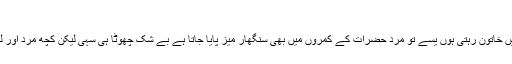
سنگھار میز
سنگھار میز تو ہر اس خوابگاہ کا اہم حصہ ہوتا ہے جس میں خاتون رہتی ہوں یسے تو مرد حضرات کے کمروں میں بھی سنگھار میز پایا جاتا ہے بے شک چھوٹا ہی سہی لیکن کچھ مرد اور لڑکے اپنے کمرے میں سنگھار میز رکھنا پسند کرتے ہیں۔